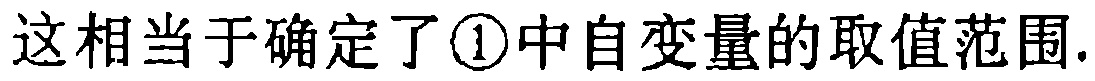
这相当于确定了\textcircled{1}中自变量的取值范围.